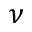
\nu